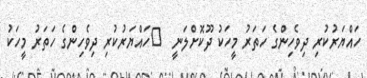
ހައްޔަރުކުރި ދިވެހިންގެ ހަތަރު މީހަކު ދޫކޮށްލަނީ  	ހައްޔަރުކުރި ދިވެހިންގެ ހަތަރު މީހަކު